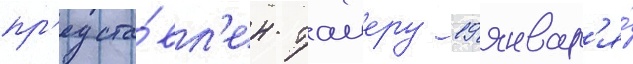
пр'едста́вл'ен таиеру 19 январ'я́